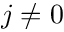
j \ne 0